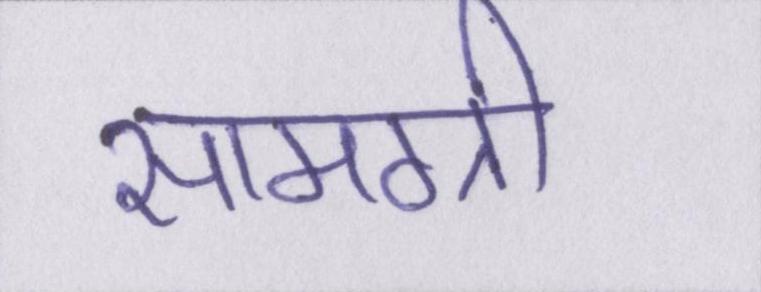
सामग्री